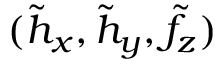
( \tilde { h } _ { x } , \tilde { h } _ { y } , \tilde { f } _ { z } )